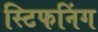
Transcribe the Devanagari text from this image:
स्टिफनिंग